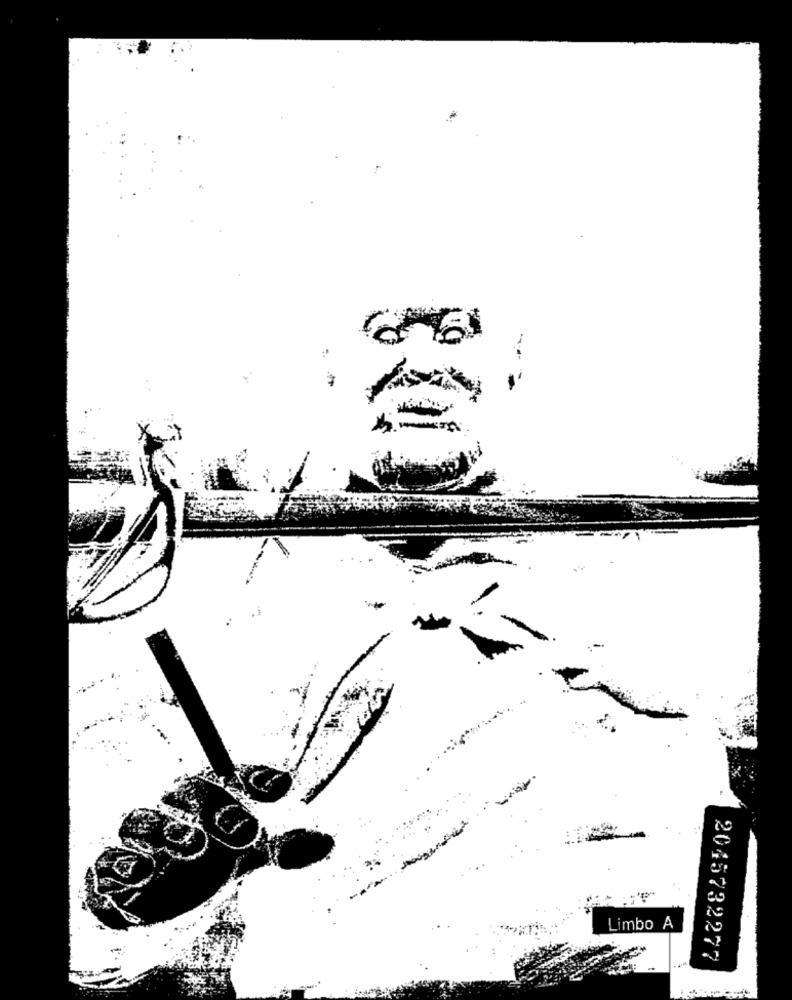
Limbo A
2045732277